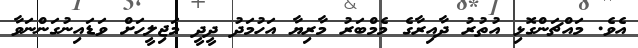
އެވެ. މައްޗަންގޮޅި އުތުރު ދާއިރާގެ މެމްބަރު މާރިޔާ އަހުމަދު ދީދީ މަޖިލީހަށް ވަޑައިނުގަންނަވާ